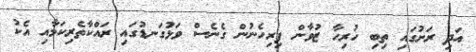
އަދި ރަށުގައި ތިބި ހުރިހާ ޒުވާން ފިރިހެނުން ގެނެސް ވަޅުގަނޑުގައި ރައްކާތެރިކަމާއި އެކު